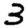
Digit: 3